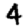
Digit: 4